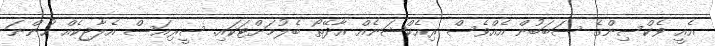
އެއީ ވެކްސިންގެ ސަބަބުން އެއްވެސް ރިއެކްޝަނެއް އާދޭތޯ ބެލުމަށްޓަކައި. ސީރިއަސް އެލާޖިކެއް ހުންނަ